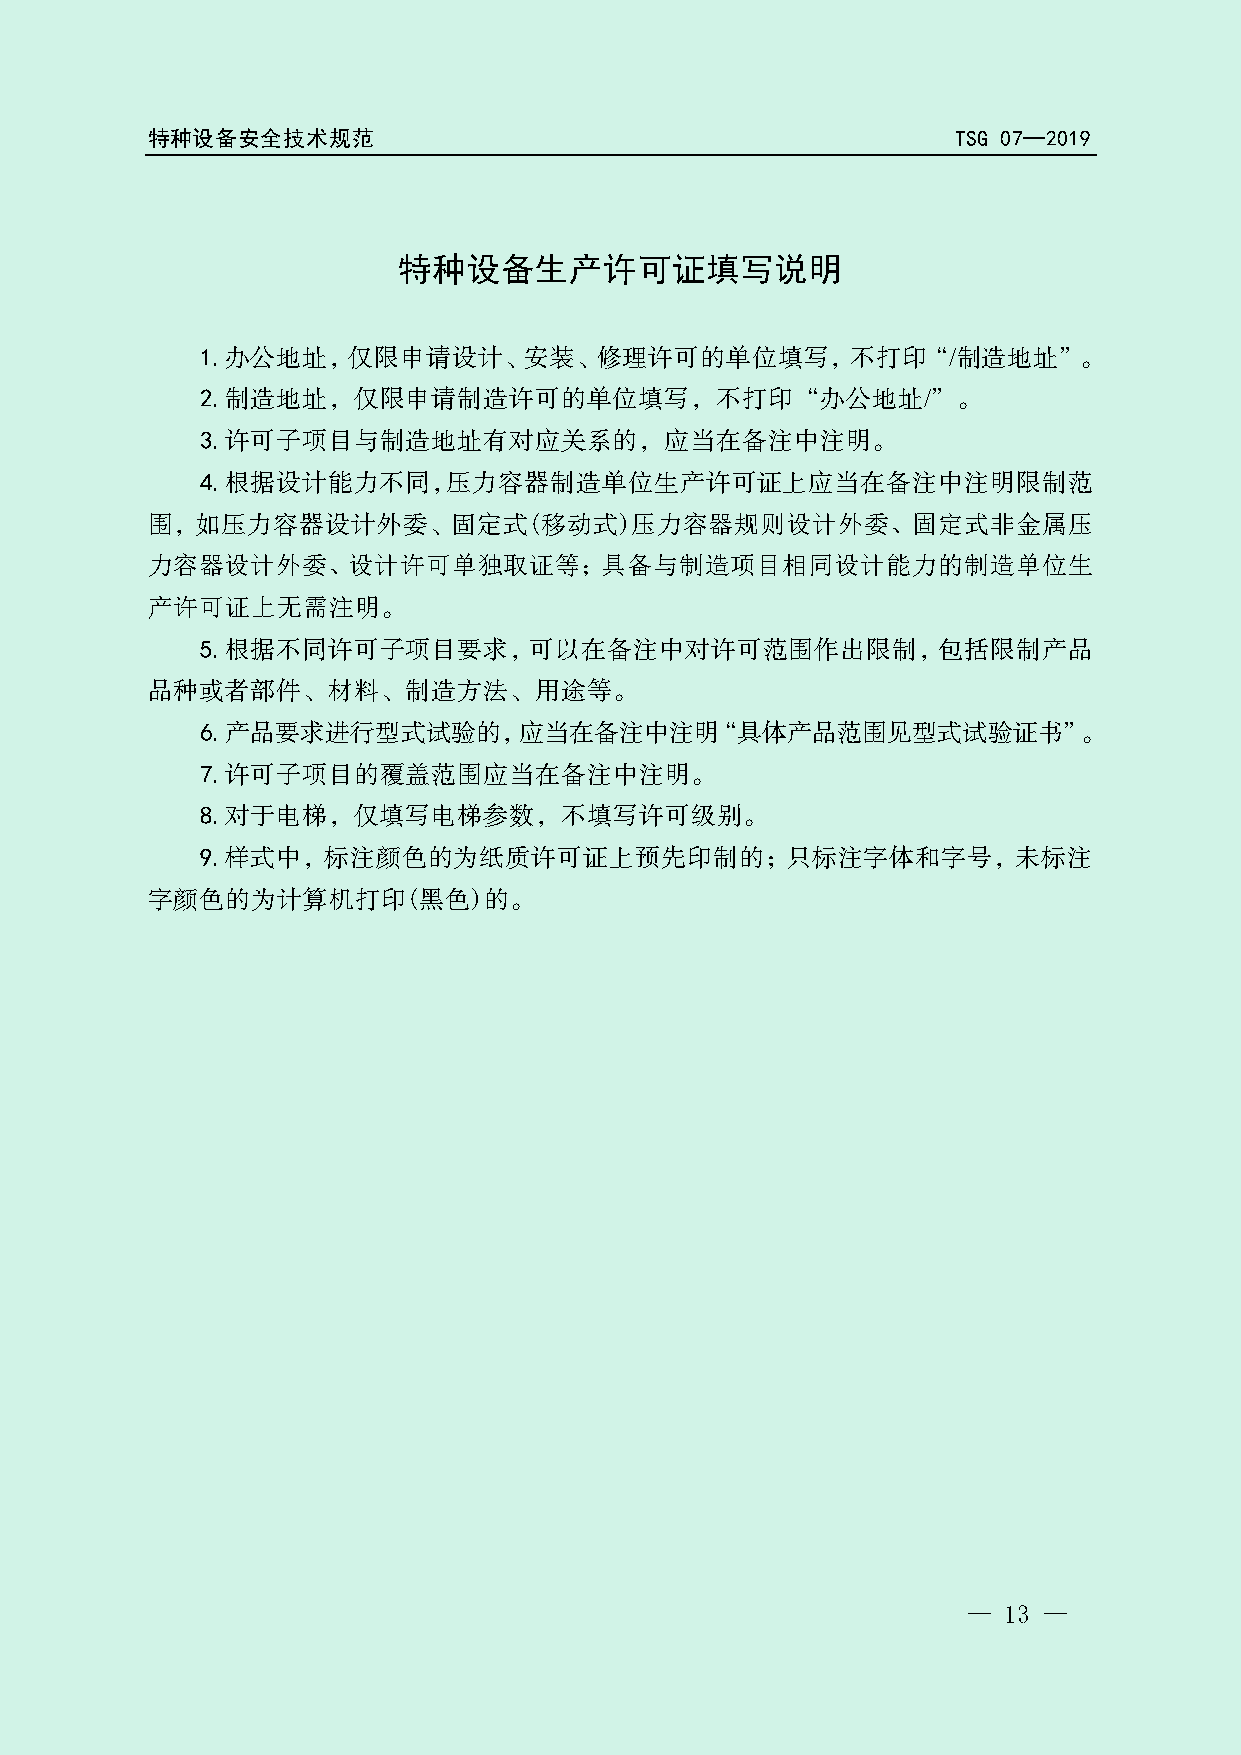
特种设备安全技术规范                                           TSG 07—2019
 特种设备生产许可证填写说明
 1.办公地址，仅限申请设计、安装、修理许可的单位填写，不打印“/制造地址”。
 2.制造地址，仅限申请制造许可的单位填写，不打印“办公地址/”。
 3.许可子项目与制造地址有对应关系的，应当在备注中注明。
 4.根据设计能力不同，压力容器制造单位生产许可证上应当在备注中注明限制范
 围，如压力容器设计外委、固定式(移动式)压力容器规则设计外委、固定式非金属压
 力容器设计外委、设计许可单独取证等；具备与制造项目相同设计能力的制造单位生
 局
 产许可证上无需注明。
 5.根据不同许可子项目要求，可以在备注中对许可范围作总
 出限制，包括限制产品
 品种或者部件、材料、制造方法、用途等。                      理
 6.产品要求进行型式试验的，应当在备注中注明“具体产品范围见型式试验证书”。
 管
 7.许可子项目的覆盖范围应当在备注中注明。
 8.对于电梯，仅填写电梯参数，不填写许督
 可级别。
 9.样式中，标注颜色的为纸质许可证监         上预先印制的；只标注字体和字号，未标注
 字颜色的为计算机打印(黑色)的。
 场
 市
 家
 国
 — 13 —